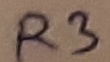
Text: R3